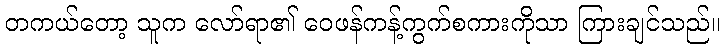
တကယ်တော့ သူက လော်ရာ၏ ဝေဖန်ကန့်ကွက်စကားကိုသာ ကြားချင်သည်။